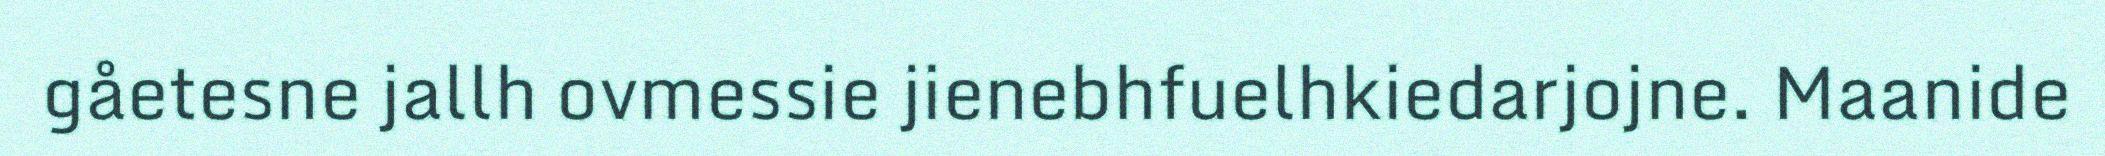
gåetesne jallh ovmessie jienebhfuelhkiedarjojne. Maanide